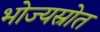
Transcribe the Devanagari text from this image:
भोज्यस्रोत